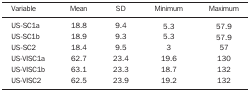
<table><thead><tr><td><b>Variable</b></td><td><b>Mean</b></td><td><b>SD</b></td><td><b>Minimum</b></td><td><b>Maximum</b></td></tr></thead><tbody><tr><td>US-SC1a</td><td>18.8</td><td>9.4</td><td>5.3</td><td>57.9</td></tr><tr><td>US-SC1b</td><td>18.9</td><td>9.3</td><td>5.3</td><td>57.9</td></tr><tr><td>US-SC2</td><td>18.4</td><td>9.5</td><td>3</td><td>57</td></tr><tr><td>US-VISC1a</td><td>62.7</td><td>23.4</td><td>19.6</td><td>130</td></tr><tr><td>US-VISC1b</td><td>63.1</td><td>23.3</td><td>18.7</td><td>132</td></tr><tr><td>US-VISC2</td><td>62.5</td><td>23.9</td><td>19.2</td><td>132</td></tr></tbody></table>